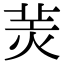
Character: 𦍚